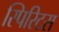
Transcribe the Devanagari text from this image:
स्पिरिटस